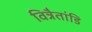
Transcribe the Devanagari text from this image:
विन्नैतांडि